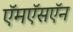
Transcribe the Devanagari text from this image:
ऍमऍसऍन